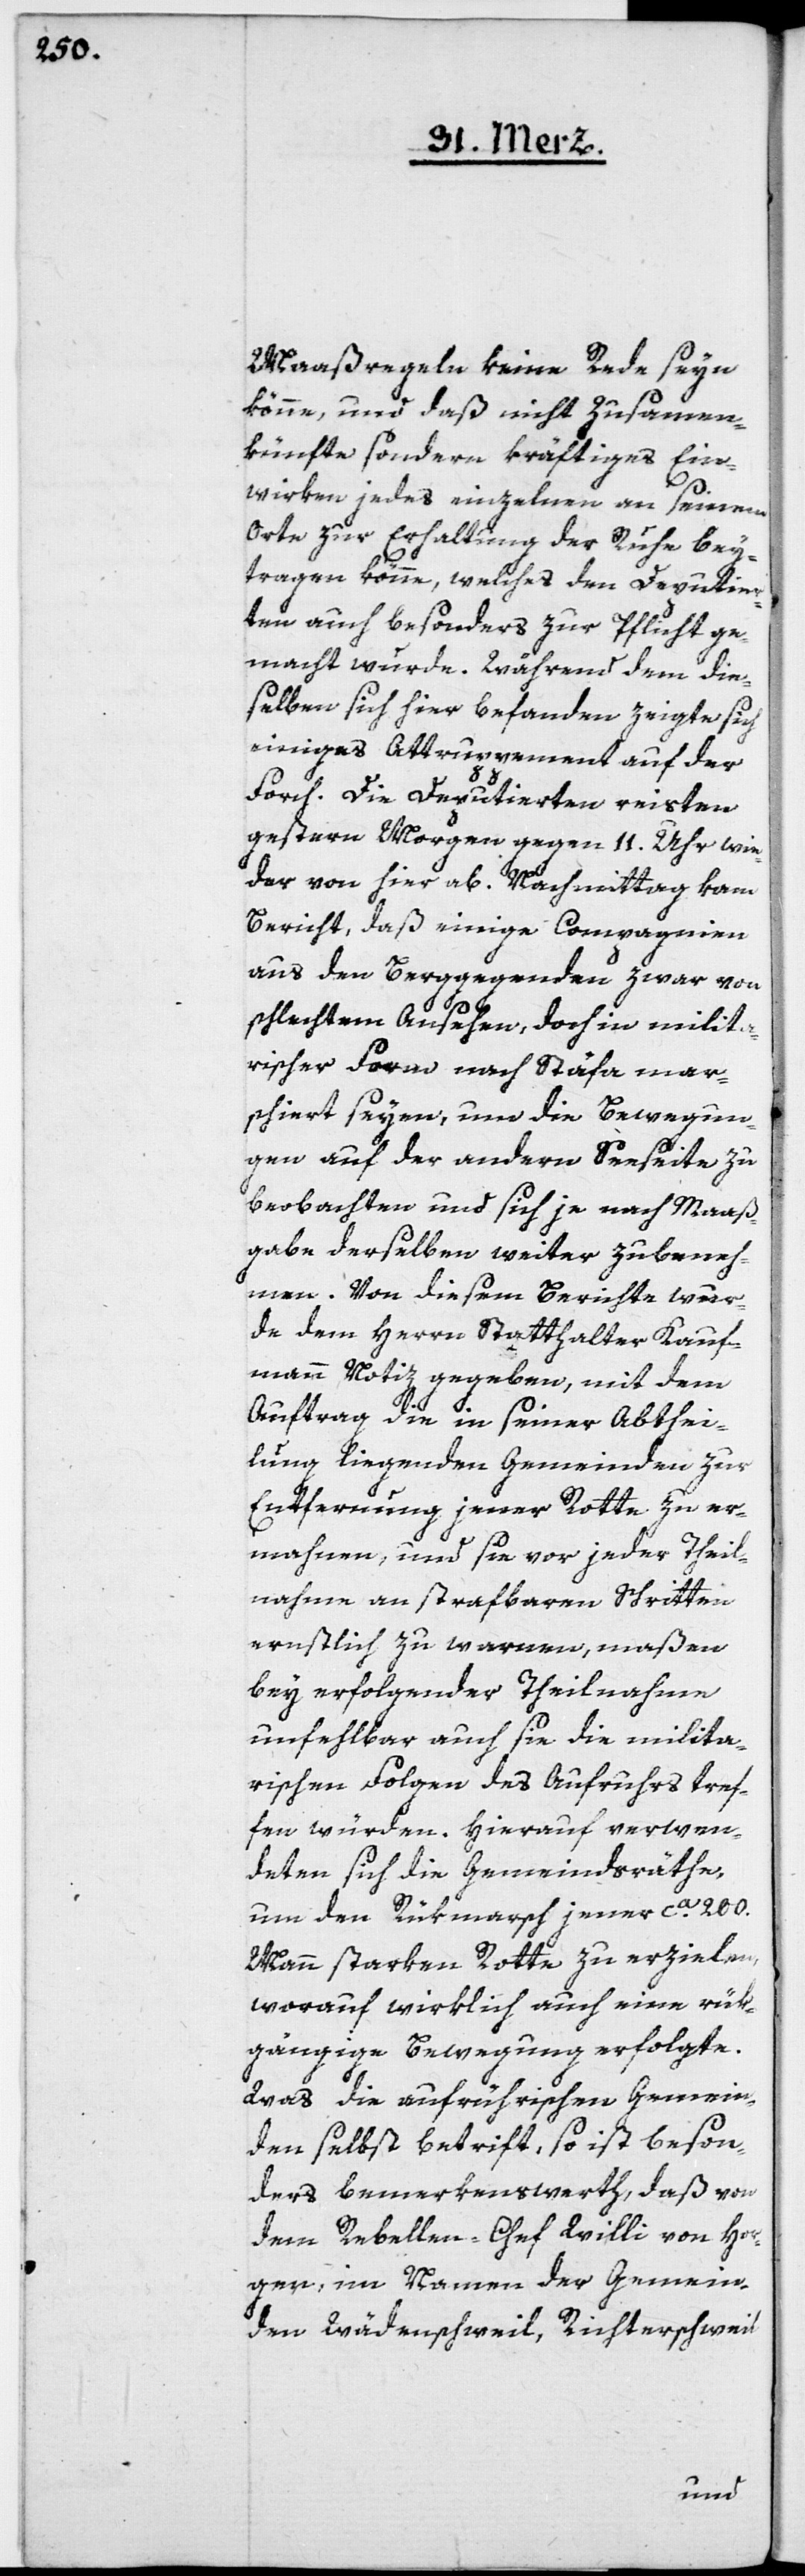
Maaßregeln keine Rede seyn
könne, und daß nicht Zusammen¬
künfte, sondern kräftiges Ein¬
wirken jedes einzelnen an seinem
Orte zur Erhaltung der Ruhe bey¬
tragen könne, welches den Deputier¬
ten auch besonders zur Pflicht ge¬
macht wurde. Während dem die¬
selben sich hier befanden, zeigte sich
einiges Attruppement auf der
Forch. Die Deputierten reisten
gestern Morgen gegen 11. Uhr wie¬
der von hier ab. Nachmittag kam
Bericht, daß einige Compagnien
aus den Berggegenden zwar von
schlechtem Ansehen, doch in milita¬
rischer Form nach Stäfa mar¬
schiert seyen, um die Bewegun¬
gen auf der andern Seeseite zu
beobachten und sich je nach Maaß¬
gabe derselben weiter zubeneh¬
men. Von diesem Berichte wur¬
de dem Herrn Statthalter Kauf¬
mann Notiz gegeben, mit dem
Auftrag, die in seiner Abthei¬
lung liegenden Gemeinden zur
Entfernung jener Rotte zu er¬
mahnen, und sie vor jeder Theil¬
nahme an strafbaren Schritten
ernstlich zu warnen, maßen
bey erfolgender Theilnahme
unfehlbar auch sie die milita¬
rischen Folgen des Aufruhrs tref¬
fen würden. Hierauf verwen¬
deten sich die Gemeindräthe,
um den Rükmarsch jener ca. 200.
Mann starken Rotte zu erzielen,
worauf wirklich auch eine rük¬
gängige Bewegung erfolgte.
Was die aufrührischen Gemein¬
den selbst betrifft, so ist beson¬
ders bemerkenswerth, daß von
dem Rebellen-Chef Willi von Hor¬
gen, im Namen der Gemein¬
den Wädenschweil, Richterschweil